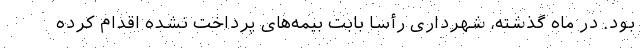
بود. در ماه گذشته، شهرداری رأساً بابت بیمه‌های پرداخت نشده اقدام کرده